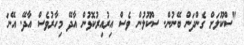
"ސްކޫލަށް ގެންދަން ބޭނުން. ސްކޫލުން ވެސް އިރުއިރުކޮޅުން އާދޭ މިހާރުވެސް އާދޭ. އޭނަ